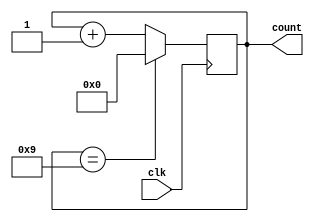
module decade_counter(
    input wire clk,
    output reg [3:0] count
);

always @(posedge clk) begin
    if (count == 4'd9) begin
        count <= 4'd0;
    end else begin
        count <= count + 4'd1;
    end
end

endmodule